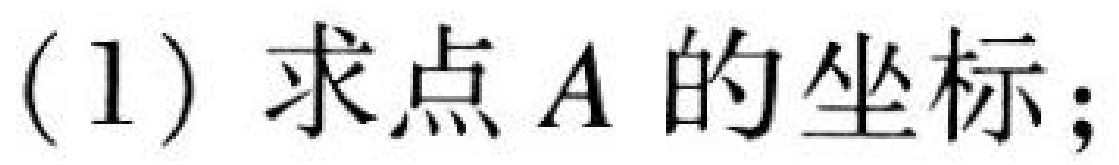
(1) 求点 \(A\) 的坐标；